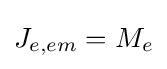
J_{e,em}=M_{e}